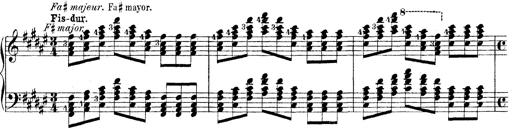
Title: Technische Studien
Composer: Franz Liszt